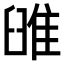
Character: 𨾹